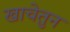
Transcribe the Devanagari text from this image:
खाचेतुन